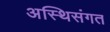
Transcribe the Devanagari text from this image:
अस्थिसंगत